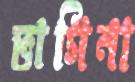
ভাগিনা